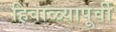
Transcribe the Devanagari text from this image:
हिवाळ्यापूर्वी